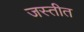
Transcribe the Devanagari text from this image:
जस्तीत